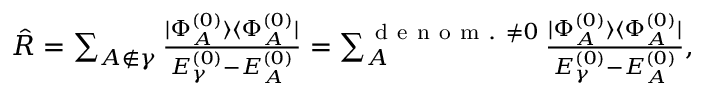
\begin{array} { r } { \hat { R } = \sum _ { A \notin \gamma } \frac { | \Phi _ { A } ^ { ( 0 ) } \rangle \langle \Phi _ { A } ^ { ( 0 ) } | } { E _ { \gamma } ^ { ( 0 ) } - E _ { A } ^ { ( 0 ) } } = \sum _ { A } ^ { \mathrm { ~ d ~ e ~ n ~ o ~ m ~ . ~ } \neq 0 } \frac { | \Phi _ { A } ^ { ( 0 ) } \rangle \langle \Phi _ { A } ^ { ( 0 ) } | } { E _ { \gamma } ^ { ( 0 ) } - E _ { A } ^ { ( 0 ) } } , } \end{array}